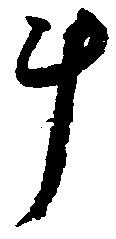
斗